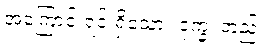
အကြောင်းရင်းရှိသော။ ဒုက္ခံ၊ တည်း။